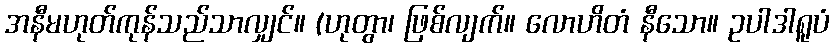
အနီမဟုတ်ကုန်သည်သာလျှင်။ (ဟုတွာ၊ ဖြစ်လျက်။ လောဟိတံ နီသော။ ဥပါဒါရူပံ